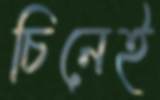
চিনেই